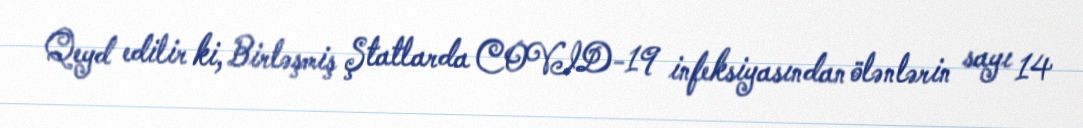
Qeyd edilir ki, Birləşmiş Ştatlarda COVID-19 infeksiyasından ölənlərin sayı 14